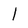
Character: l